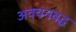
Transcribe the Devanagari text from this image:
अवचनबद्ध